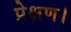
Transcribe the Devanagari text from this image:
प्रेक्षण।